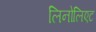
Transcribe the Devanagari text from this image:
लिनोलिएट